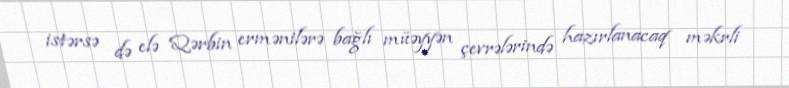
istərsə də elə Qərbin ermənilərə bağlı müəyyən çevrələrində hazırlanacaq məkrli